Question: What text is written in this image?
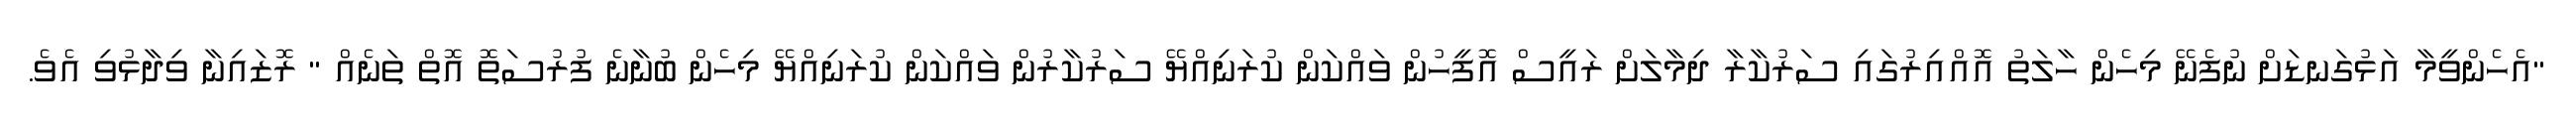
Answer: "އެހެންވީމާ އަޅުގަނޑަށް ނުފެނޭ މިހެން ހާލަތު އޮއްއިރުގައި ސަރުކާރާ ދިމާލަށް ރައީސް އޮފީހުން ވައްކަން ކުރަނިއްޔޭ ސަރުކާރުން ވައްކަން ކުރަނިއްޔޭ މިހެން ބުނާނެ ފުރުސަތޮ އޮތް ތަނެއް " ރޮޒައިނާ ވިދާޅުވި އެވެ.